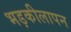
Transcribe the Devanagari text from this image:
भड़कीलापन